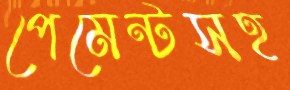
পেমেন্টসহ